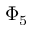
\Phi _ { 5 }